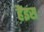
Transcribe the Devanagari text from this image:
हैंइस